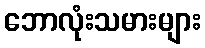
ဘောလုံးသမားများ